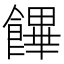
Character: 饆